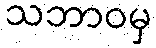
သဘာဝမှ